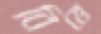
বিত্তে